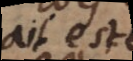
ait esté